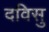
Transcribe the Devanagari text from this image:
दविसु